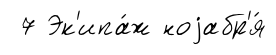
7 Эк'ипа́ж ноjабр'я́